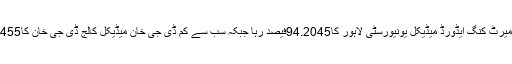
سب سے زیادہ میرٹ کنگ ایڈورڈ میڈیکل یونیورسٹی لاہور کا94.2045فیصد رہا جبکہ سب سے کم ڈی جی خان میڈیکل کالج ڈی جی خان کا91.5455فیصد رہا۔